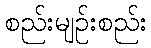
စည်းမျဉ်းစည်း